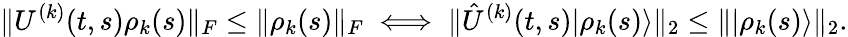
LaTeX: \| U^{(k)}(t,s)\rho_{k}(s)\| _{F}\le\| \rho_{k}(s)\| _{F}\iff\| \hat{U}^{(k)}(t,s)|\rho_{k}(s)\rangle\| _{2}\le\| |\rho_{k}(s)\rangle\| _{2}.